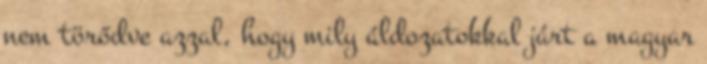
nem törődve azzal, hogy mily áldozatokkal járt a magyar